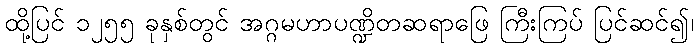
ထို့ပြင် ၁၂၅၅ ခုနှစ်တွင် အဂ္ဂမဟာပဏ္ဍိတဆရာဖြေ ကြီးကြပ် ပြင်ဆင်၍၊